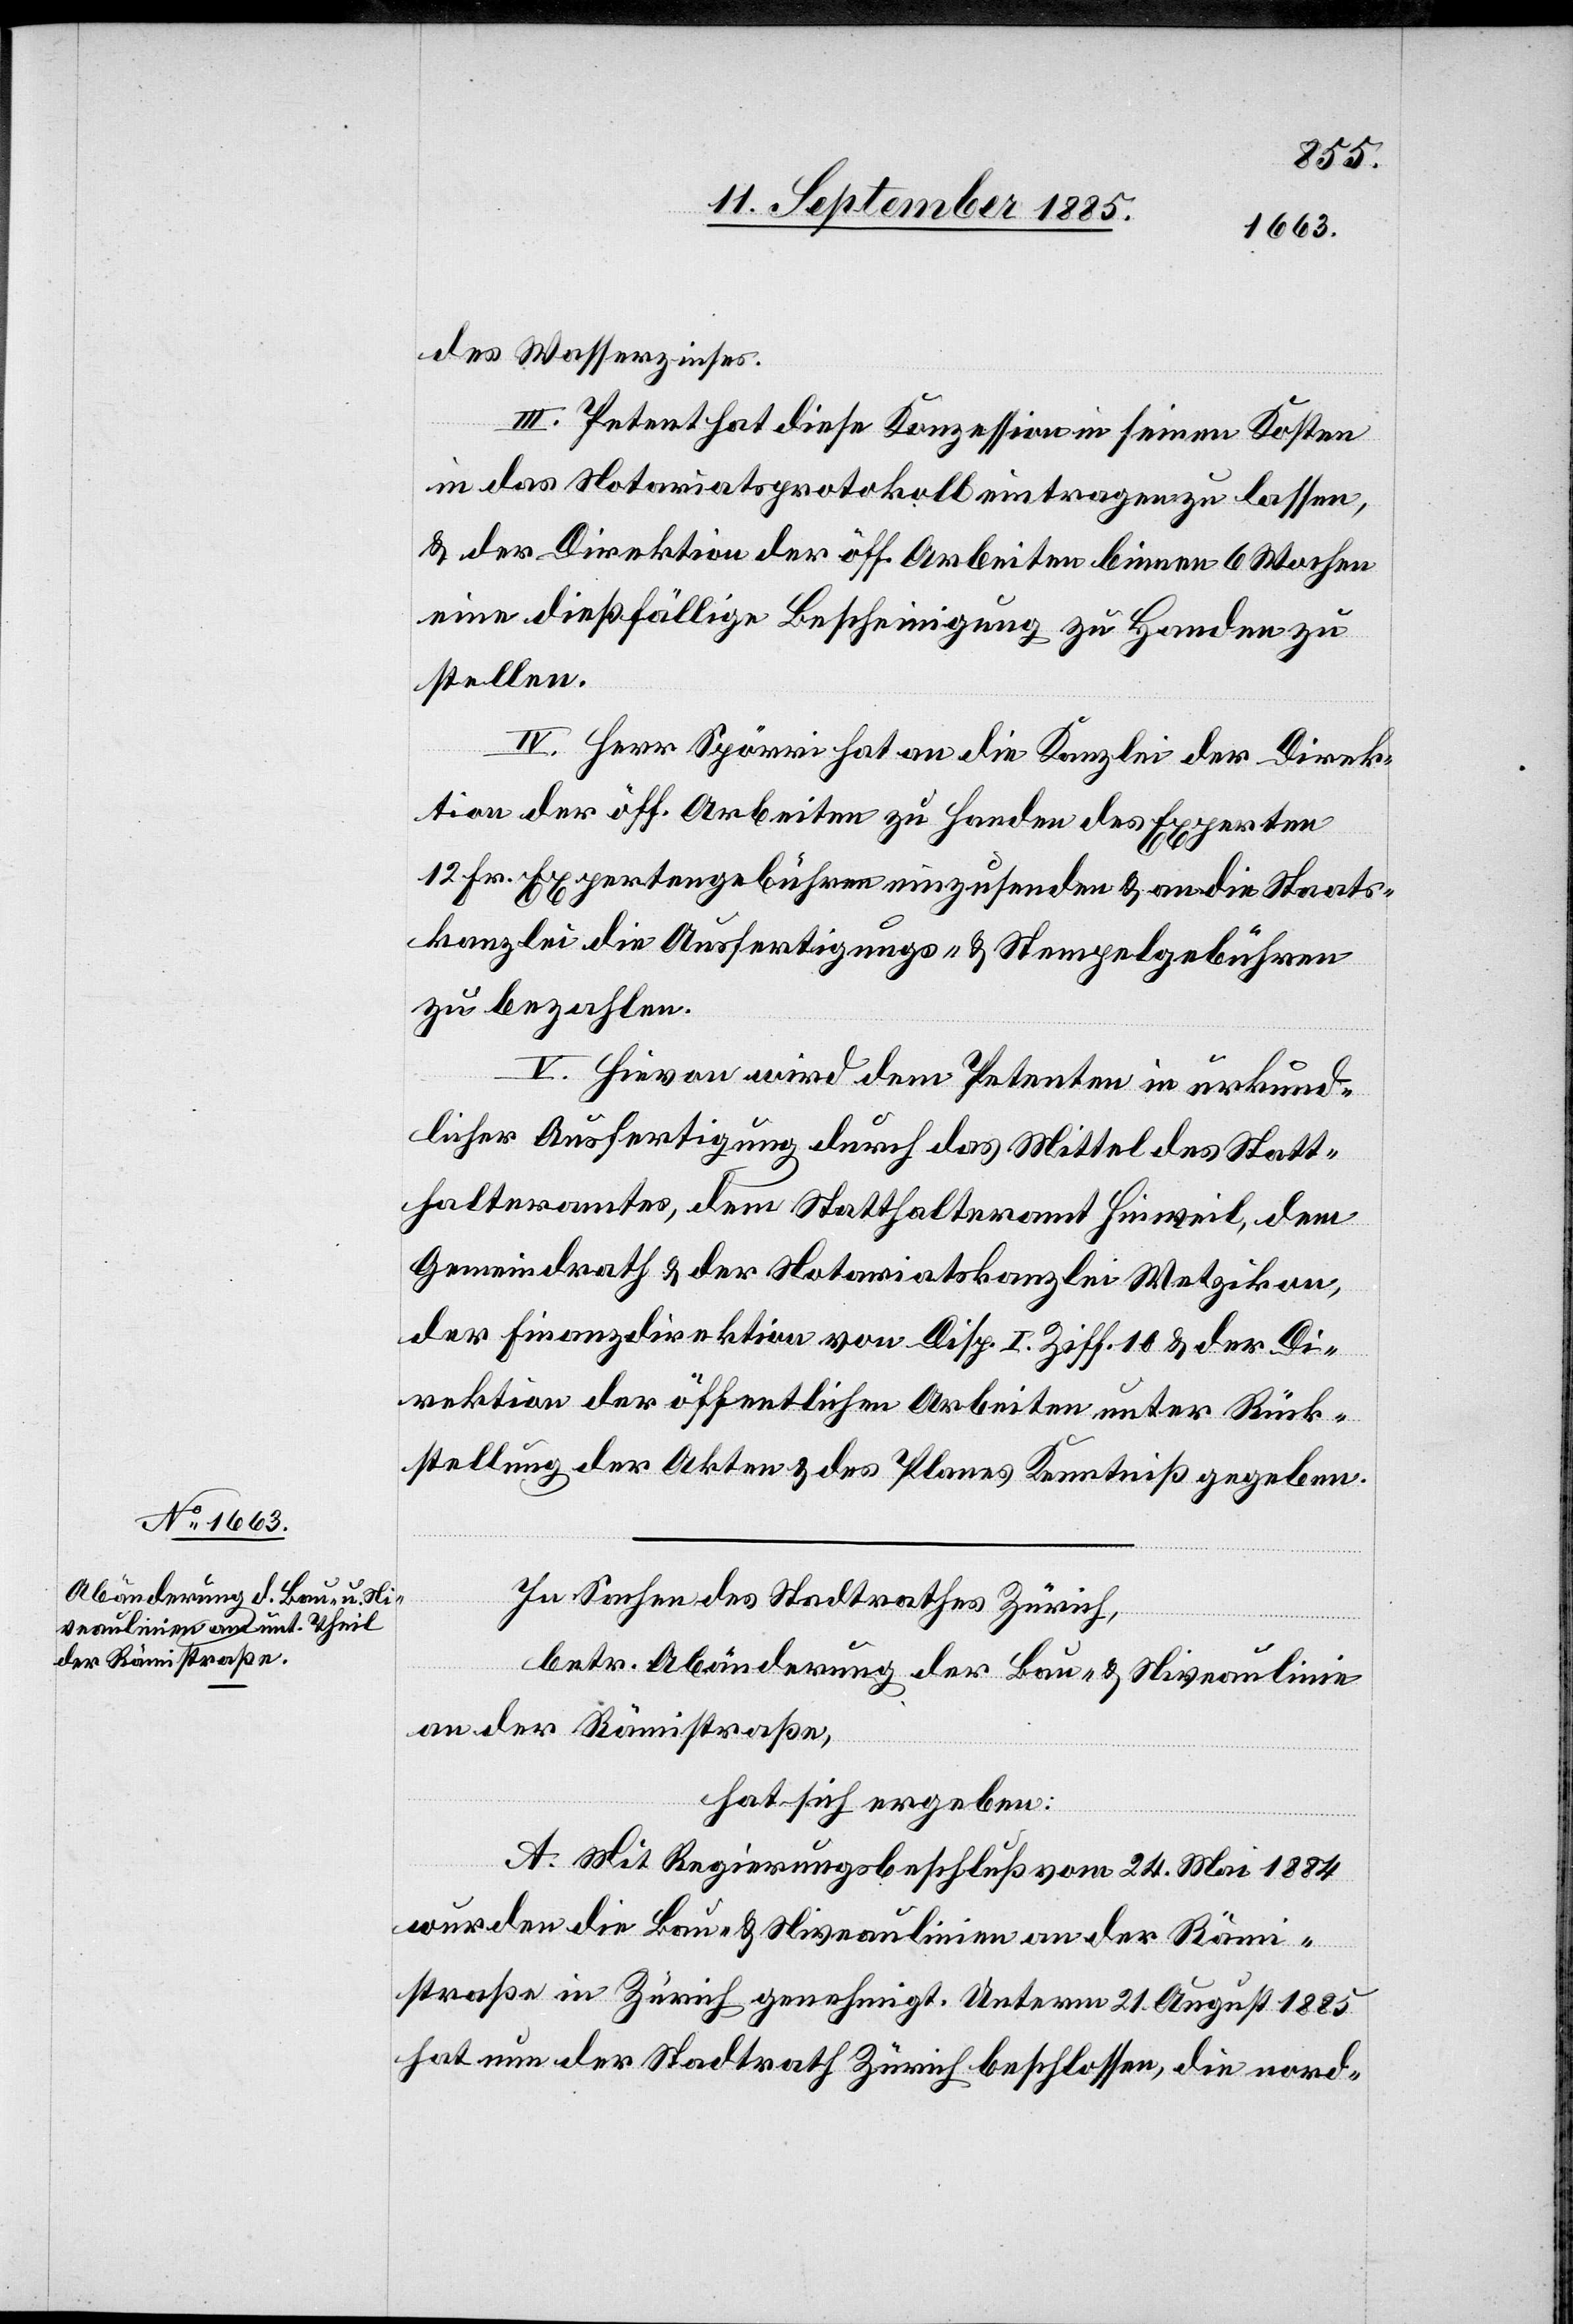
des Wasserzinses.
III. Petent hat diese Konzessionen in seinen Kosten
in das Notariatsprotokoll eintragen zu lassen,
& der Direktion der öff. Arbeiten binnen 6 Wochen
eine dießfällige Bescheinigung zu Handen zu
stellen.
IV. Herr Spörri hat an die Kanzlei der Direk¬
tion der öff. Arbeiten zu Handen des Experten
12 Fr. Expertengebühren einzusenden & an die Staats¬
kanzlei die Ausfertigungs- & Stempelgebühren
zu bezahlen.
V. Hievon wird dem Petenten in urkund¬
licher Ausfertigung durch das Mittel des Statt¬
halteramtes, dem Statthalteramt Hinweil, dem
Gemeindrath & der Notariatskanzlei Wetzikon,
der Finanzdirektion von Disp. I. Ziff. 10 & der Di¬
rektion der öffentlichen Arbeiten unter Rück¬
stellung der Akten & des Planes Kenntniß gegeben.
In Sachen des Stadtrathes Zürich,
betr. Abänderung der Bau- & Niveaulinie
an der Rämistraße,
hat sich ergeben:
A. Mit Regierungsbeschluß vom 24. Mai 1884
wurden die Bau- & Niveaulinien an der Rämi¬
straße in Zürich genehmigt. Unterm 21. August 1885
hat nun der Stadtrath Zürich beschlossen, die nord-